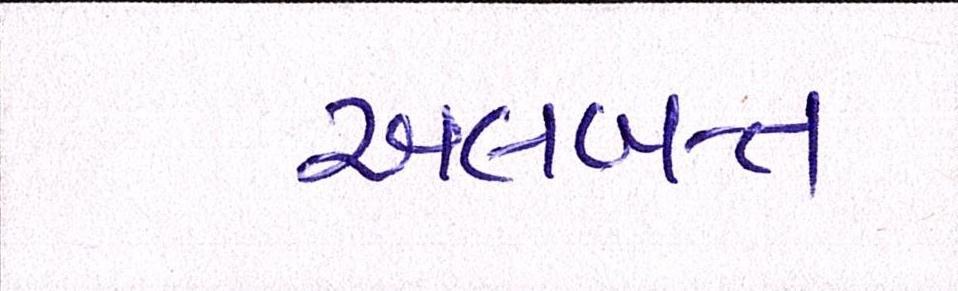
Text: અલબત્ત